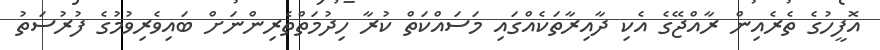
އޮފީހުގެ ތެރެއިން ރާއްޖޭގެ އެކި ދާއިރާތަކެއްގައި މަސައްކަތް ކުރާ ހިދުމަތްތެރިންނަށް ބައިވެރިވުމުގެ ފުރުސަތު